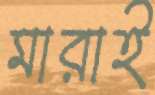
মারাই